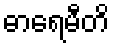
ဓာရေမီတိ